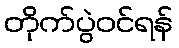
တိုက်ပွဲဝင်ရန်